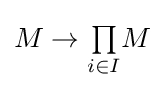
M\to {\textstyle \prod \limits _{i\in I}}M